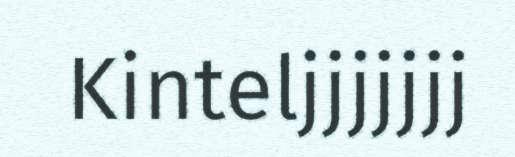
Kinteljjjjjjj